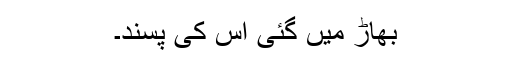
بھاڑ میں گئی اس کی پسند۔